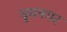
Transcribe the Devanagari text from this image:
धूमनगर